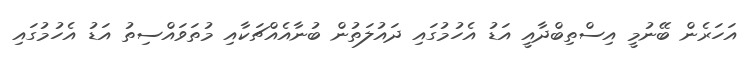
އަހަރެން ބޭނުމީ އިސްތިބްދާއީ އަޑު އެހުމުގައި ދައުލަތުން ބުނާއެއްޗަކާއި މުތަވައްސިތު އަޑު އެހުމުގައި